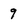
Character: 9